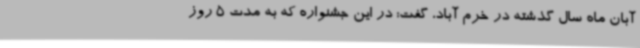
آبان ماه سال گذشته در خرم آباد، گفت: در این جشنواره که به مدت 5 روز